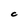
Character: C